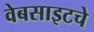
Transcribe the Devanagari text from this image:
वेबसाइटचे